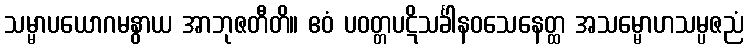
သမ္မာပယောဂမနွာယ အာဘုဇတီတိ။ ဧဝံ ပဝတ္တပဋိသင်္ခါနဝသေနေတ္ထ အသမ္မောဟသမ္ပဇညံ